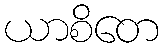
ယာစိတေ